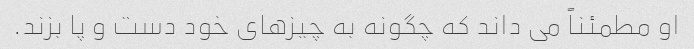
او مطمئناً می داند که چگونه به چیزهای خود دست و پا بزند.